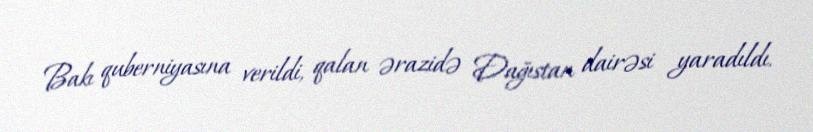
Bakı quberniyasına verildi, qalan ərazidə Dağıstan dairəsi yaradıldı.